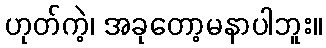
ဟုတ်ကဲ့၊ အခုတော့မနာပါဘူး။